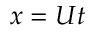
x = U t